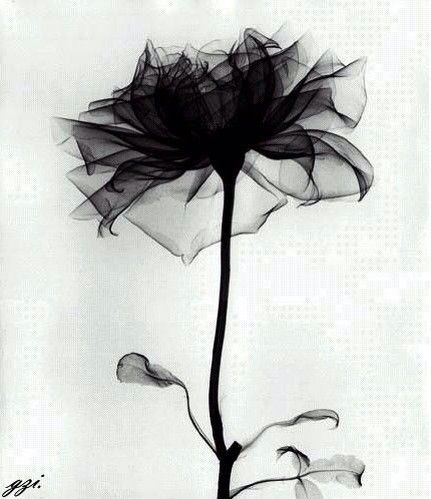
无情不似多情苦。一寸还成千万缕。